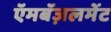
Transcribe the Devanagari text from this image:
ऍमबॅज़लमेंट